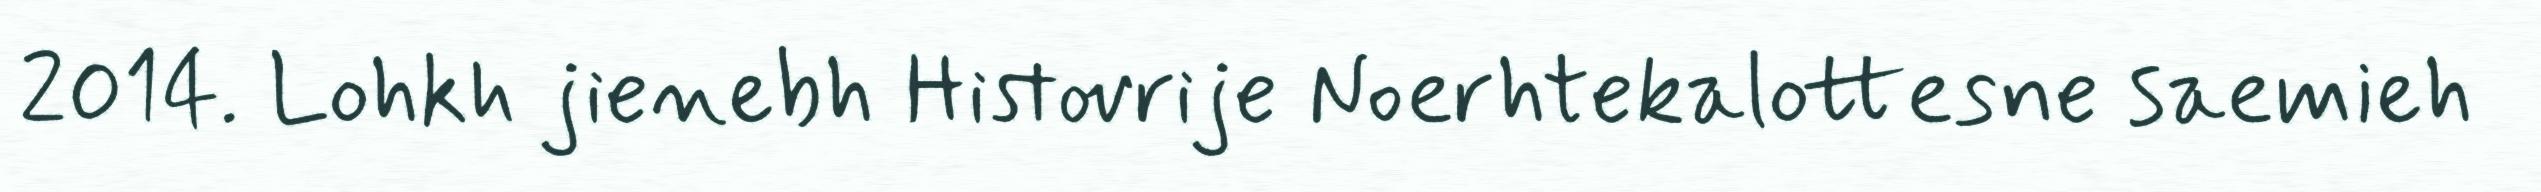
2014. Lohkh jienebh Histovrije Noerhtekalottesne saemieh